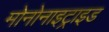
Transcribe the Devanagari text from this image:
मोनोनाइट्राइड